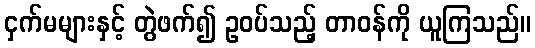
ငှက်မများနှင့် တွဲဖက်၍ ဥဝပ်သည့် တာဝန်ကို ယူကြသည်။